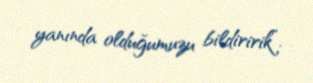
yanında olduğumuzu bildiririk”.